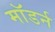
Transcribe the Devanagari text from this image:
माॅडर्न